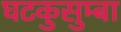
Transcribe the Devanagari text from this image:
घटकुसुम्बा